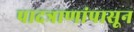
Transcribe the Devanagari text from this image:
पादत्राणांपासून